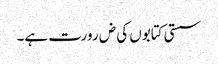
سستی کتابوں کی ض رورت ہے۔